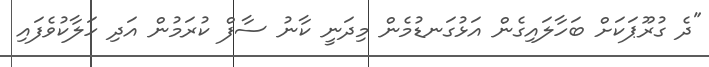
"ދެ ގުރޫޕަކަށް ބަހާލައިގެން އަޅުގަނޑުމެން މިދަނީ ކާނު ސާފް ކުރަމުން އަދި ހަލާކުވެފައި